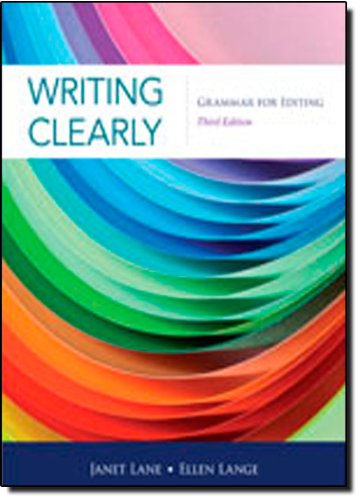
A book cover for Writing Clearly: Grammar for Editing, 3rd Edition; Janet Lane; Reference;